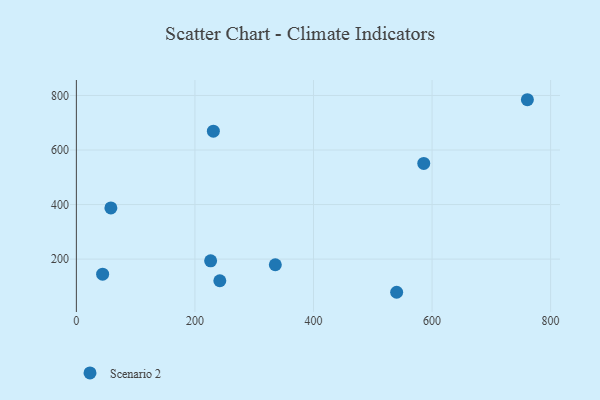
{"axis": {"x": "Price", "y": "Profit"}, "legend": ["Scenario 2"], "data": [{"x": "335.6", "y": 179.3, "type": "Scenario 2"}, {"x": "44.3", "y": 144.8, "type": "Scenario 2"}, {"x": "540.3", "y": 78.4, "type": "Scenario 2"}, {"x": "760.8", "y": 784.4, "type": "Scenario 2"}, {"x": "586.0", "y": 551.0, "type": "Scenario 2"}, {"x": "242.0", "y": 120.7, "type": "Scenario 2"}, {"x": "231.1", "y": 669.0, "type": "Scenario 2"}, {"x": "58.2", "y": 387.7, "type": "Scenario 2"}, {"x": "226.5", "y": 193.8, "type": "Scenario 2"}]}